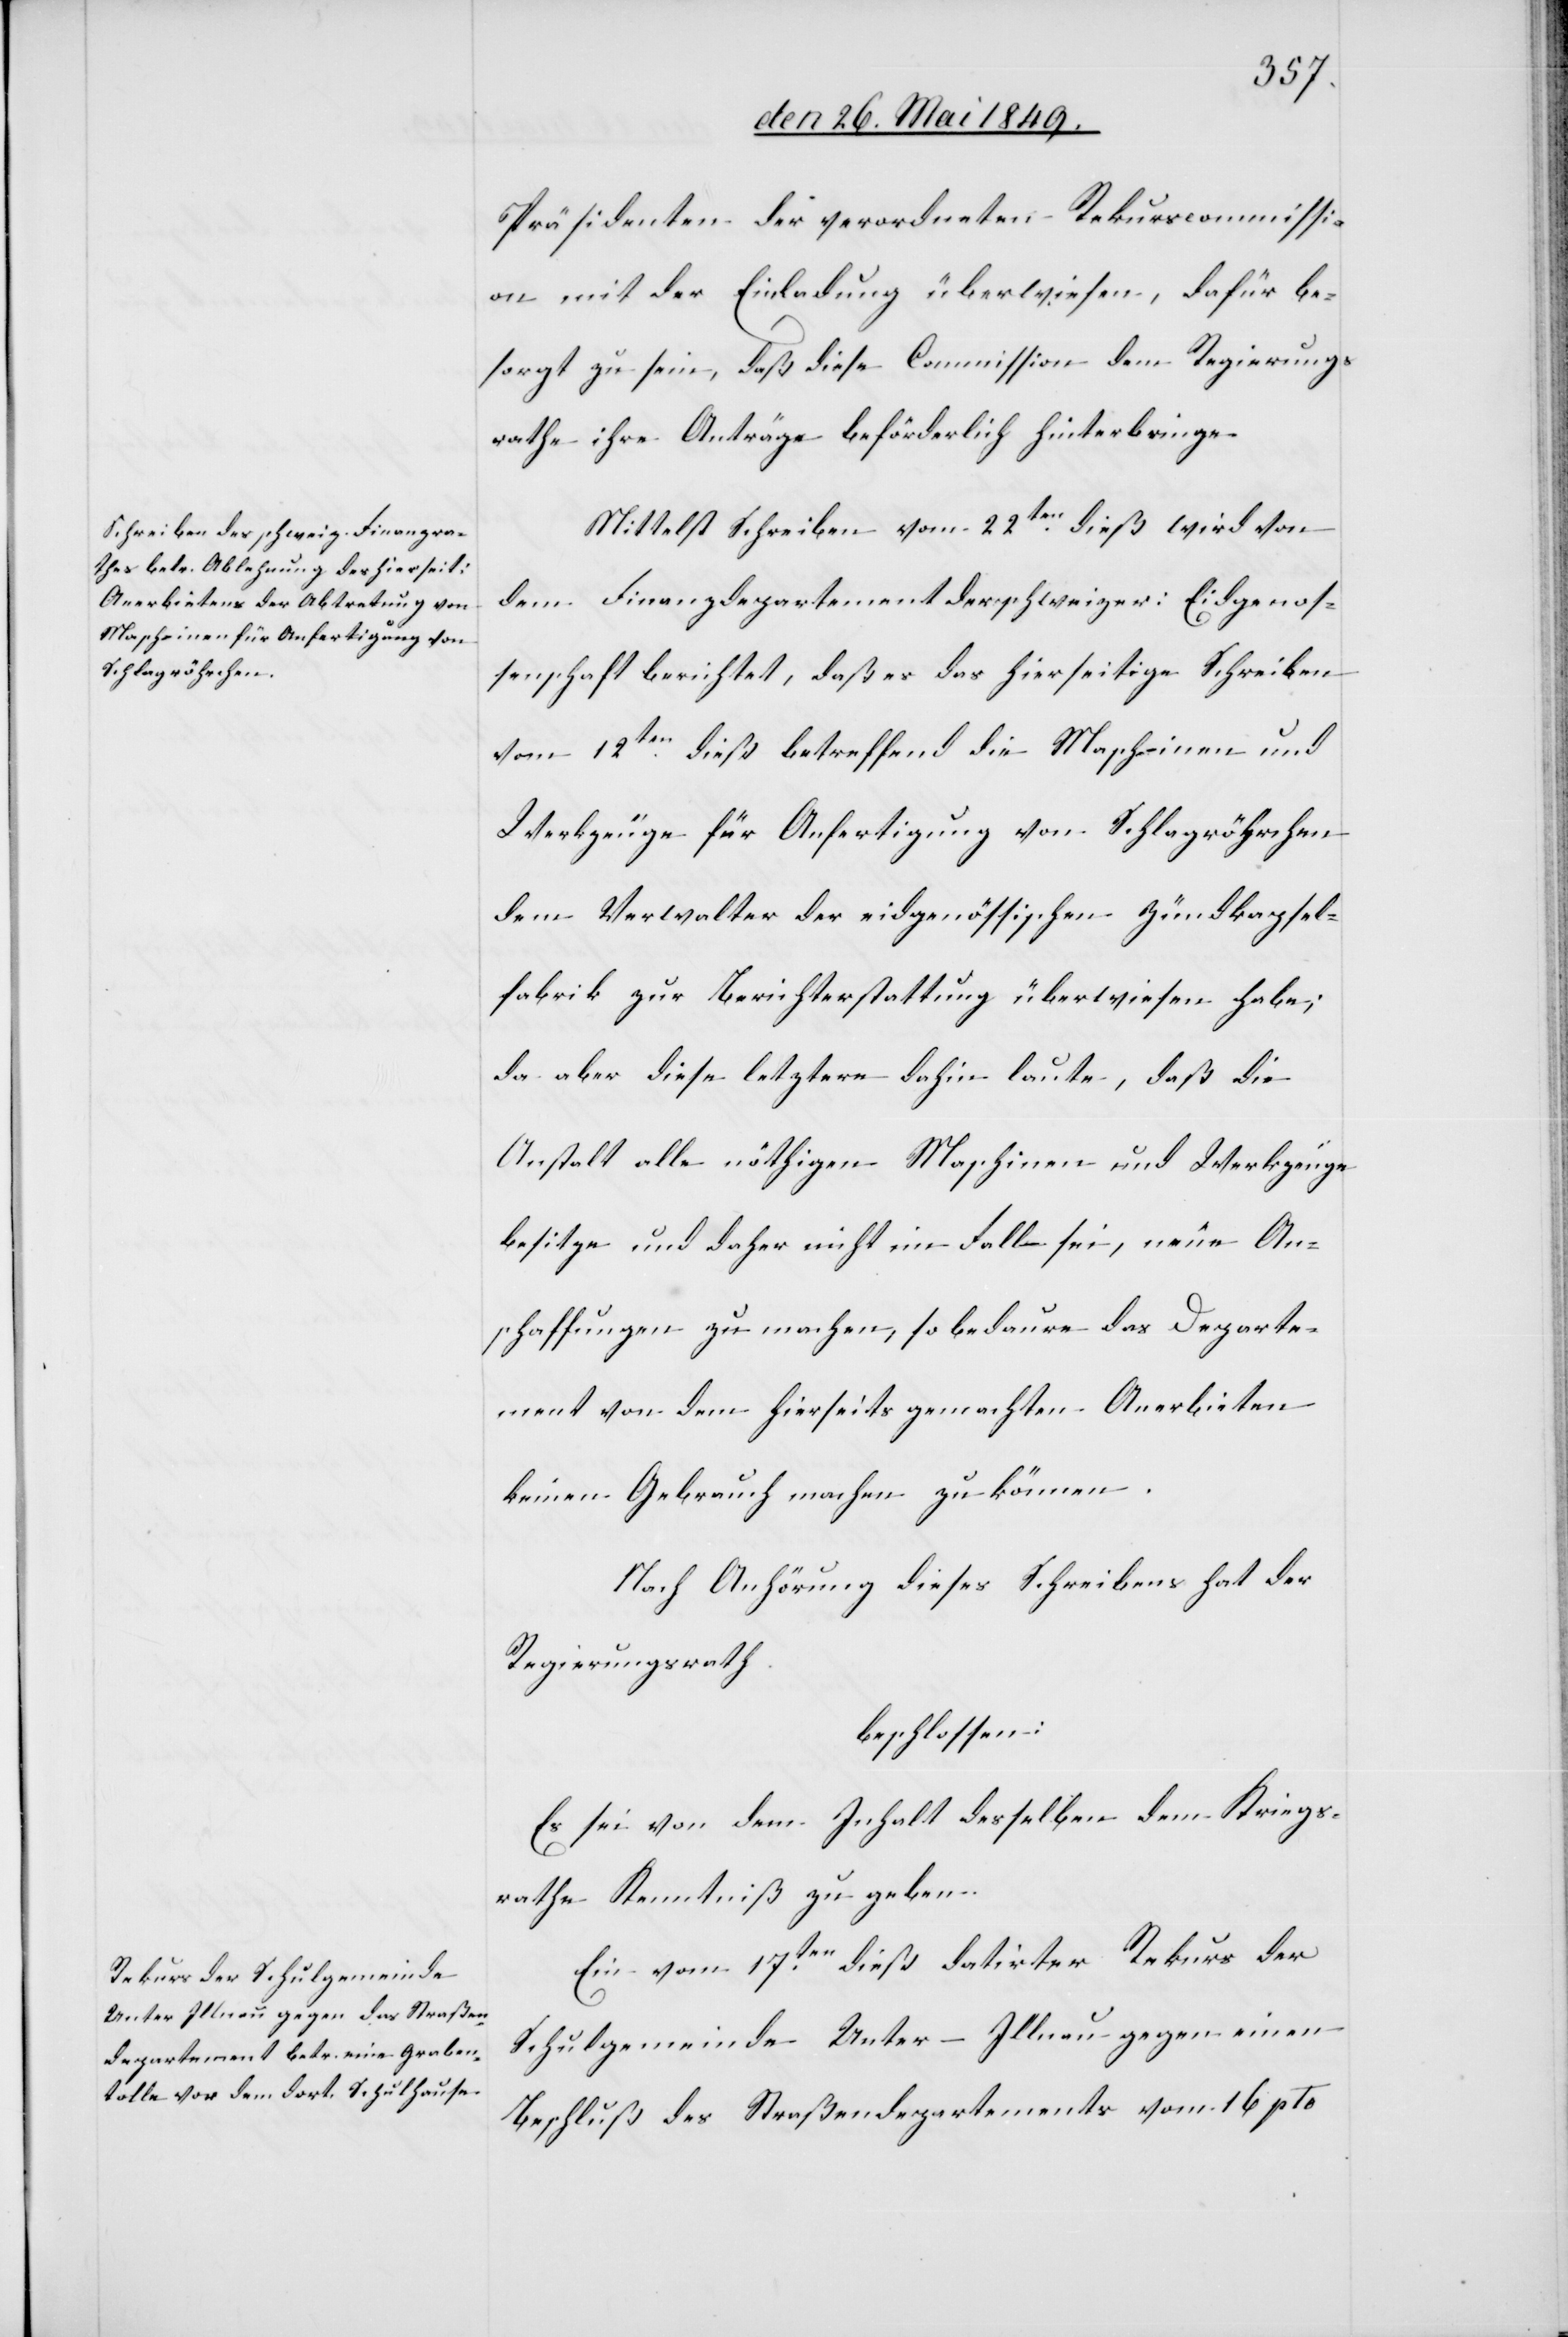
Präsidenten der verordneten Rekurscommissi¬
on mit der Einladung überwiesen, dafür be¬
sorgt zu sein, daß diese Commission dem Regierungs¬
rathe ihre Anträge beförderlich hinterbringe.
Mittelst Schreiben vom 22ten dieß wird von
dem Finanzdepartement der schweizer. Eidgenos¬
senschaft berichtet, daß er das hierseitige Schreiben
vom 12ten betreffend die Maschinen und
Werkzeuge für Anfertigung von Schlagröhrchen
dem Verwalter der eidgenössischen Zündkapsel¬
fabrik zur Berichterstattung überwiesen habe;
da aber diese letztere dahin laute, daß die
Anstalt alle nöthigen Maschinen und Werkzeuge
besitze und daher nicht im Fall sei, neue An¬
schaffungen zu machen, so bedaure das Departe¬
ment von dem hierseits gemachten Anerbieten
keinen Gebrauch machen zu können.
Nach Anhörung dieses Schreibens hat der
Regierungsrath
beschlossen:
Es sei von dem Inhalt desselben dem Kriegs¬
rathe Kenntniß zu geben.
Ein vom 17ten dieß datirter Rekurs der
Schulgemeinde Unter-Illnau gegen einen
Beschluß des Straßendepartements vom 16 pto